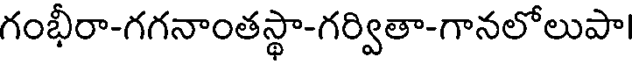
గంభీరా-గగనాంతస్థా-గర్వితా-గానలోలుపా